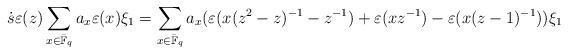
LaTeX: \begin{align*} \dot{s}\varepsilon(z) \sum_{x\in \bar{\mathbb{F}}_q}a_x \varepsilon(x) \xi_1 = \sum_{x\in \bar{\mathbb{F}}_q}a_x( \varepsilon(x(z^2-z)^{-1}-z^{-1})+\varepsilon(xz^{-1})-\varepsilon(x(z-1)^{-1}) )\xi_1\end{align*}